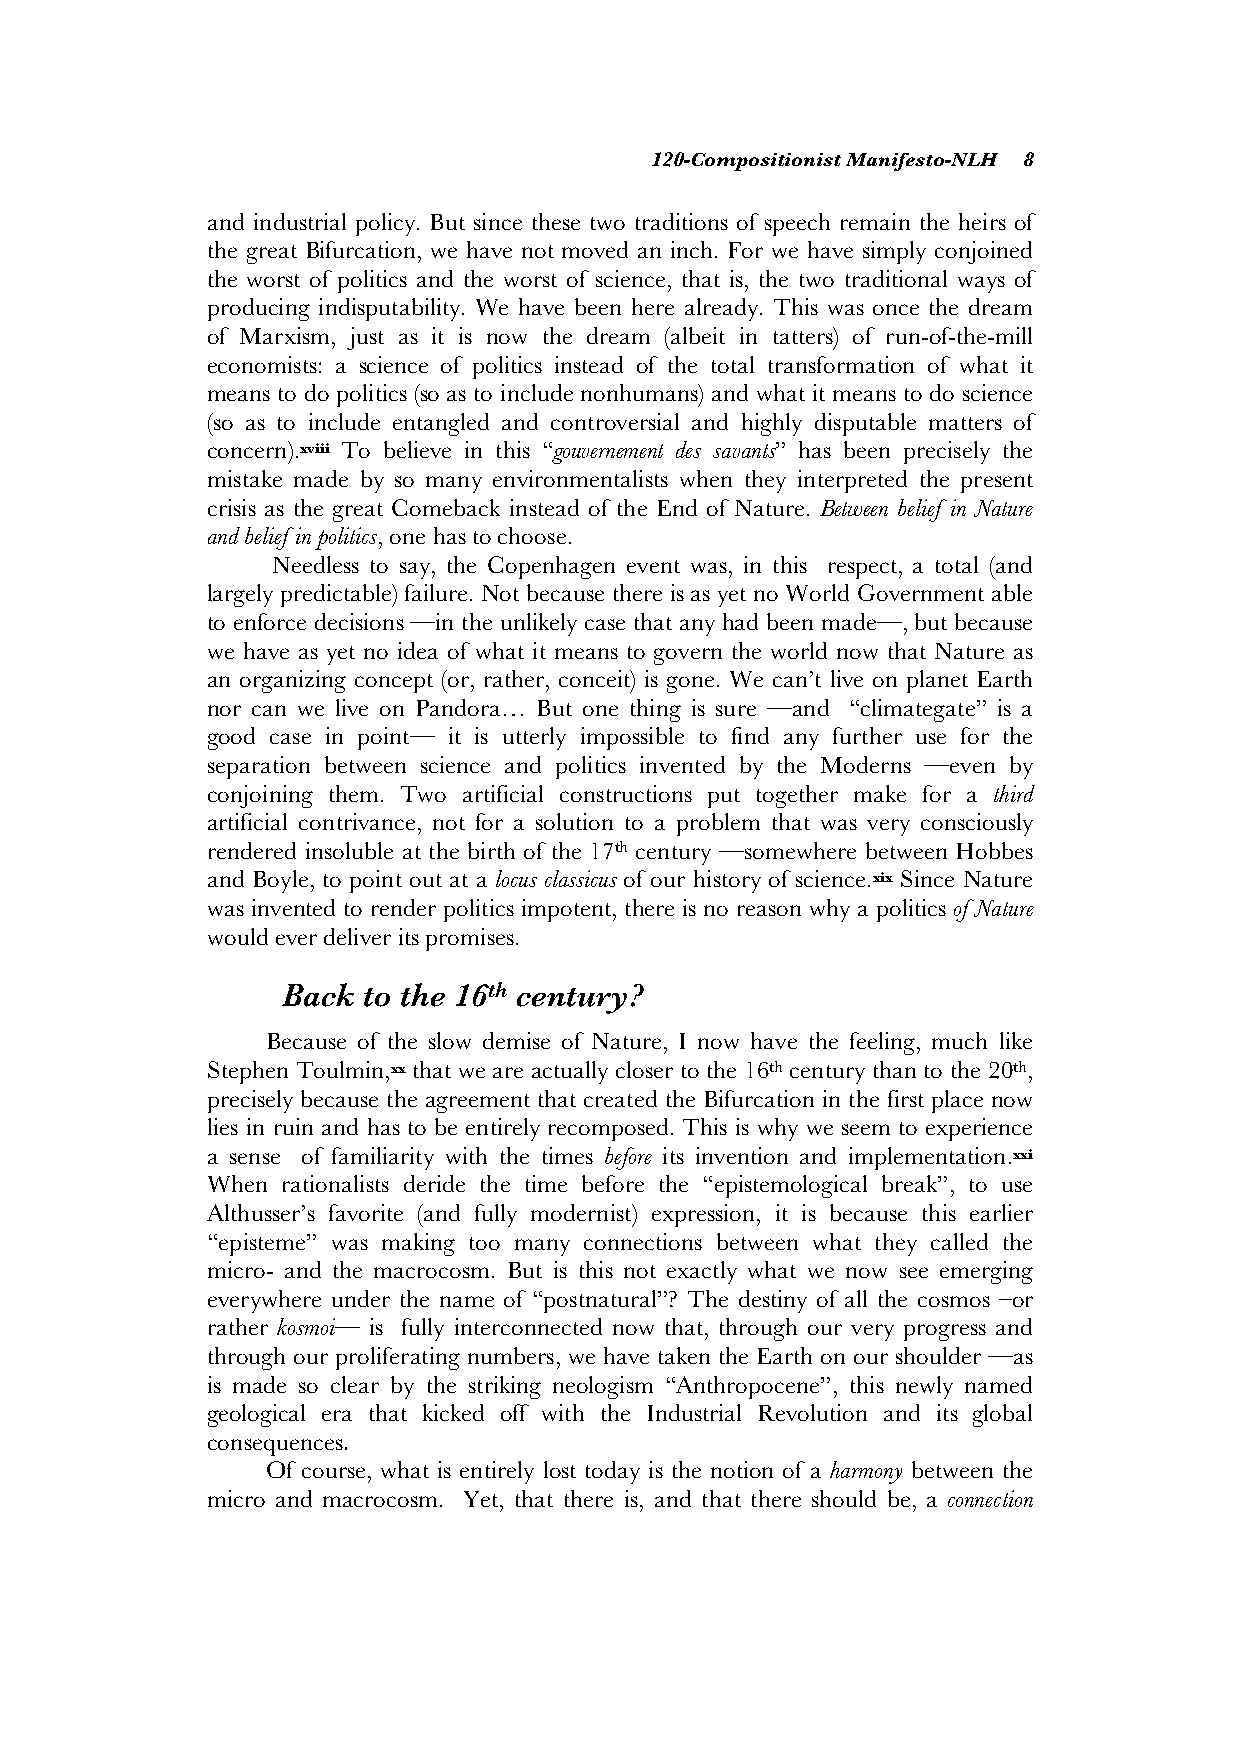
120-Compositionist Manifesto-NLH 8
 and industrial policy. But since these two traditions of speech remain the heirs of
 the great Bifurcation, we have not moved an inch. For we have simply conjoined
 the worst of politics and the worst of science, that is, the two traditional ways of
 producing indisputability. We have been here already. This was once the dream
 of Marxism, just as it is now the dream (albeit in tatters) of run-of-the-mill
 economists: a science of politics instead of the total transformation of what it
 means to do politics (so as to include nonhumans) and what it means to do science
 (so as to include entangled and controversial and highly disputable matters of
 concern).xviii To believe in this “gouvernement des savants” has been precisely the
 mistake made by so many environmentalists when they interpreted the present
 crisis as the great Comeback instead of the End of Nature. Between belief in Nature
 and belief in politics, one has to choose.
 Needless to say, the Copenhagen event was, in this respect, a total (and
 largely predictable) failure. Not because there is as yet no World Government able
 to enforce decisions —in the unlikely case that any had been made—, but because
 we have as yet no idea of what it means to govern the world now that Nature as
 an organizing concept (or, rather, conceit) is gone. We can’t live on planet Earth
 nor can we live on Pandora… But one thing is sure —and “climategate” is a
 good case in point— it is utterly impossible to find any further use for the
 separation between science and politics invented by the Moderns —even by
 conjoining them. Two artificial constructions put together make for a third
 artificial contrivance, not for a solution to a problem that was very consciously
 rendered insoluble at the birth of the 17th century —somewhere between Hobbes
 and Boyle, to point out at a locus classicus of our history of science.xix Since Nature
 was invented to render politics impotent, there is no reason why a politics of Nature
 would ever deliver its promises.
 Back to the 16th century?
 Because of the slow demise of Nature, I now have the feeling, much like
 Stephen Toulmin,xx that we are actually closer to the 16th century than to the 20th,
 precisely because the agreement that created the Bifurcation in the first place now
 lies in ruin and has to be entirely recomposed. This is why we seem to experience
 a sense of familiarity with the times before its invention and implementation.xxi
 When rationalists deride the time before the “epistemological break”, to use
 Althusser’s favorite (and fully modernist) expression, it is because this earlier
 “episteme” was making too many connections between what they called the
 micro- and the macrocosm. But is this not exactly what we now see emerging
 everywhere under the name of “postnatural”? The destiny of all the cosmos –or
 rather kosmoi— is fully interconnected now that, through our very progress and
 through our proliferating numbers, we have taken the Earth on our shoulder —as
 is made so clear by the striking neologism “Anthropocene”, this newly named
 geological era that kicked off with the Industrial Revolution and its global
 consequences.
 Of course, what is entirely lost today is the notion of a harmony between the
 micro and macrocosm. Yet, that there is, and that there should be, a connection